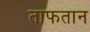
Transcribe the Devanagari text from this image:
ताफतान